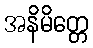
အနိမိတ္တေ